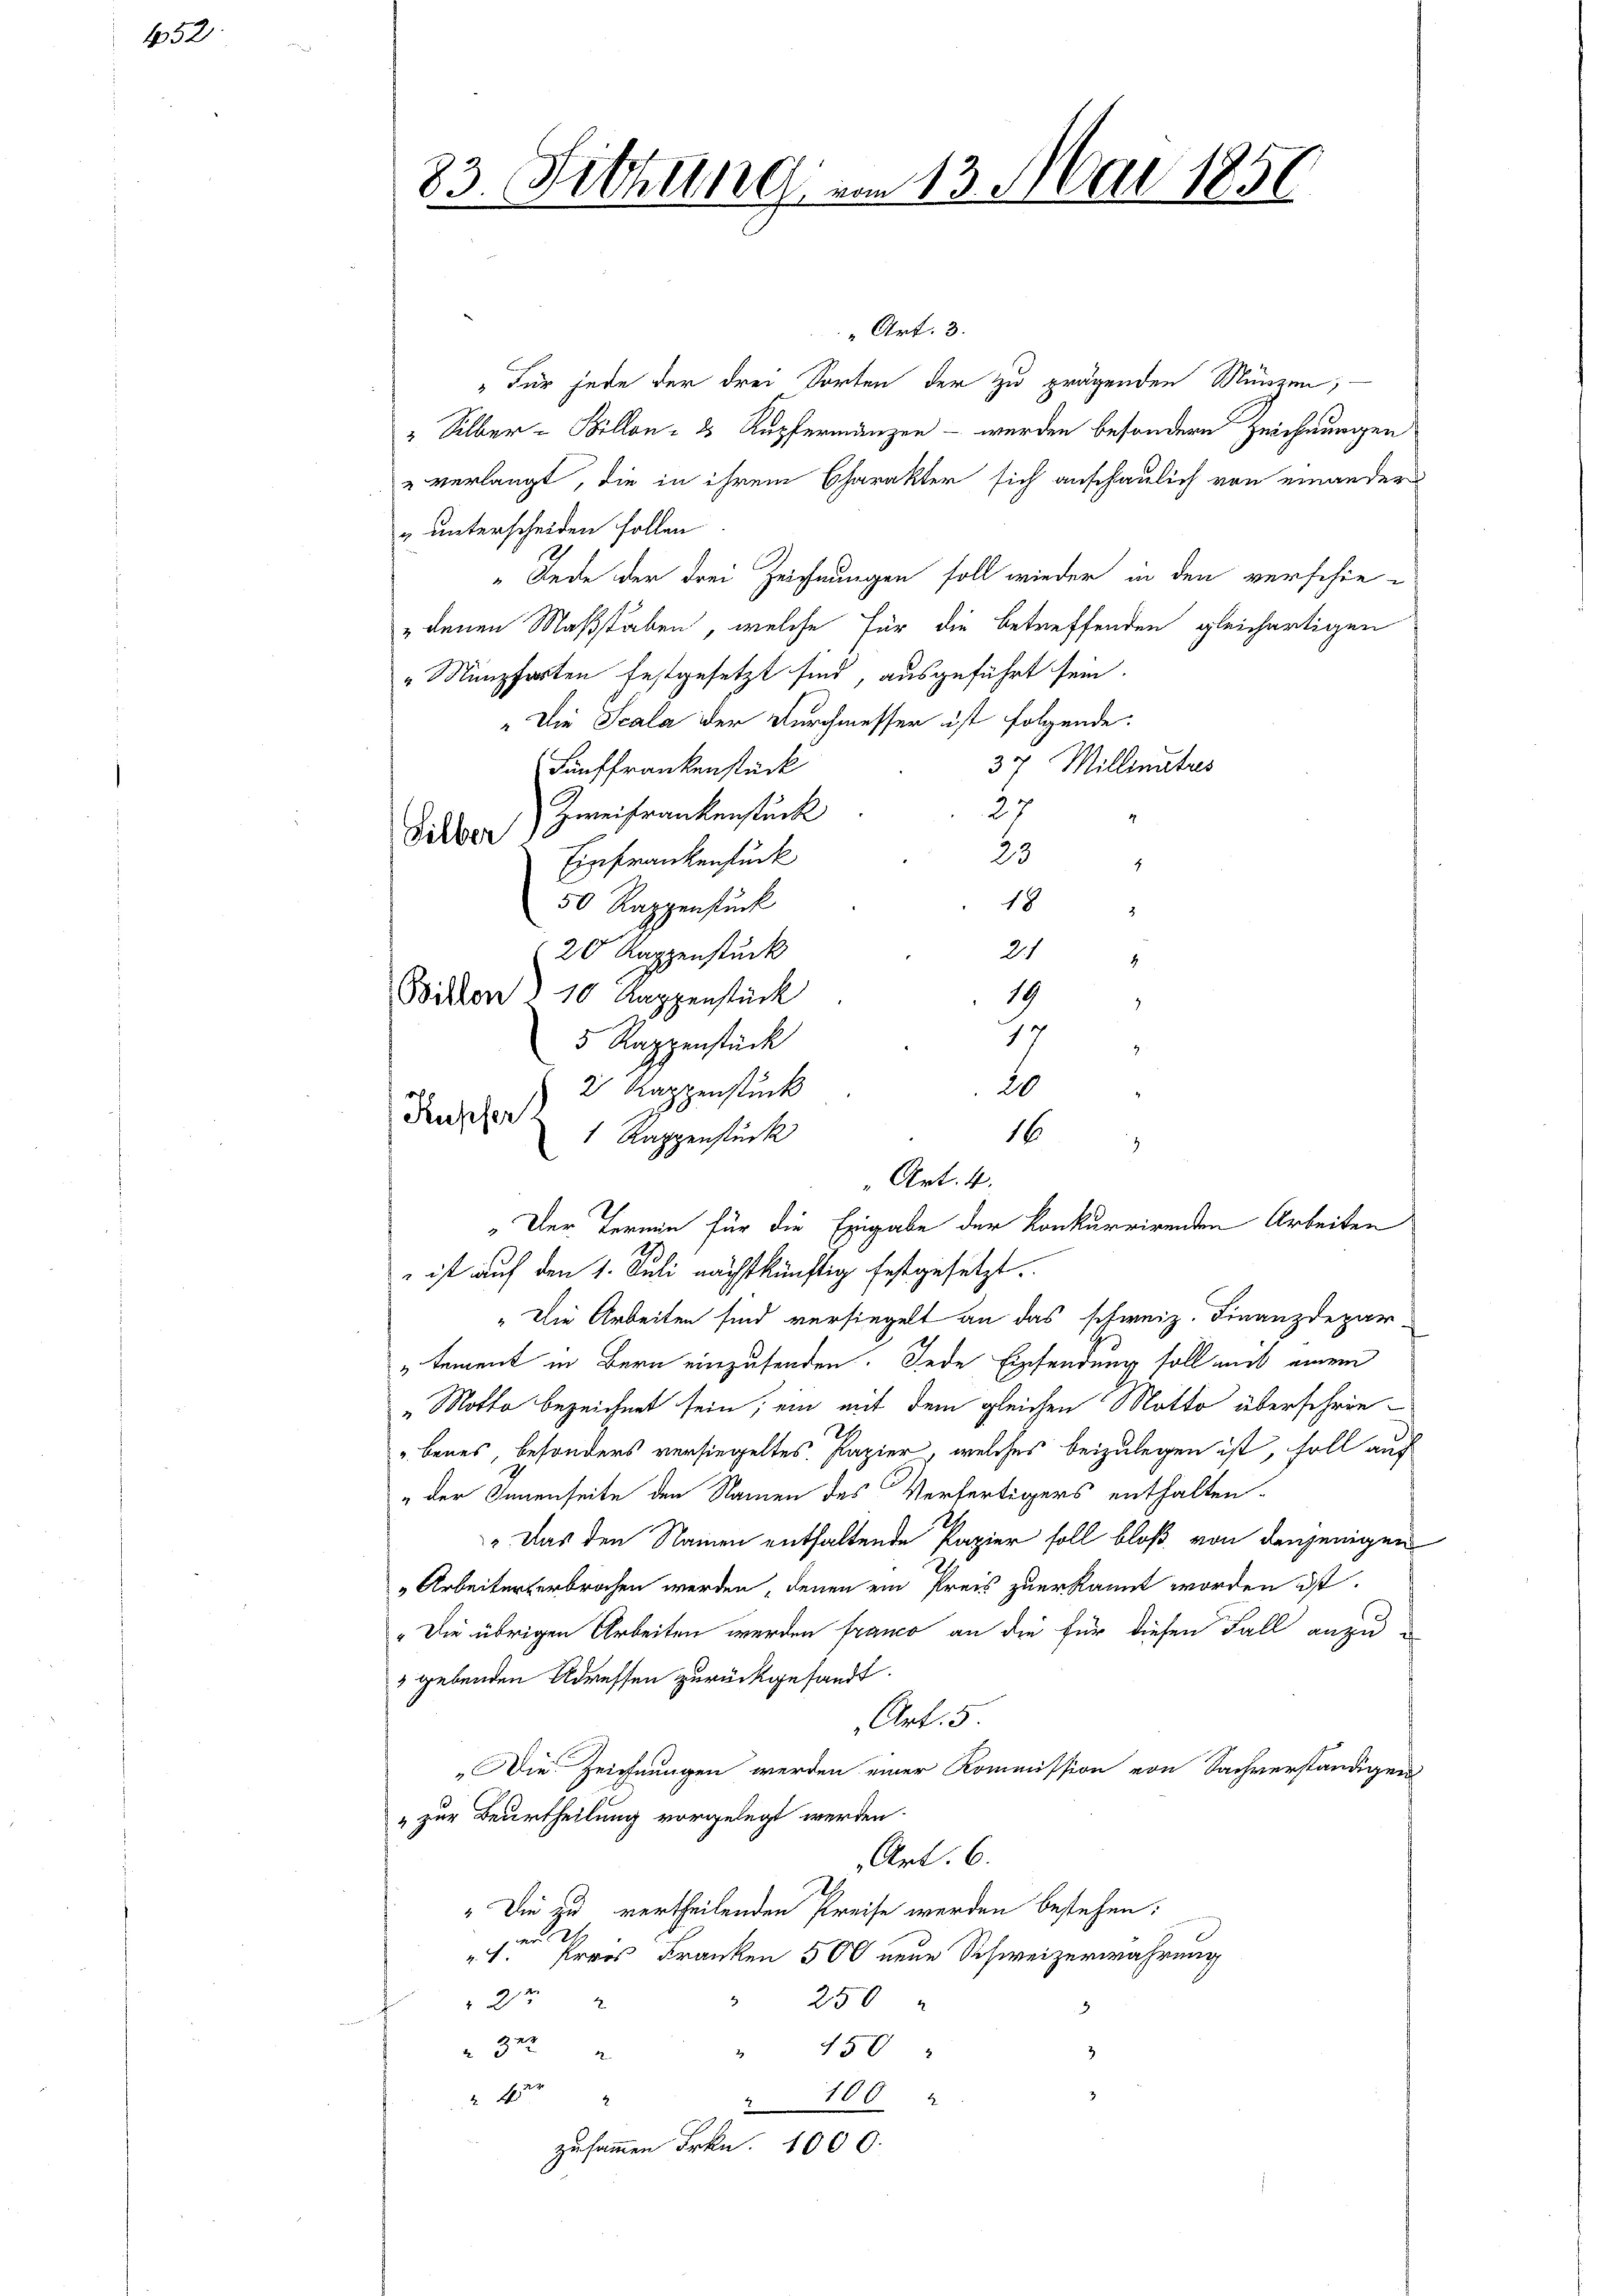
452

83. Sitzung von 13. Mai 1850

Silber

Kupfer

" Art. 3.
"Für jede der drei Sorten der zu prügenden Münzen; —
" Silber-Billon - es Kupfermanzen - werden besondern Zeichnungen
" verlangt, die in ihrem Charakter sich anschaulich von einanders
„unterscheiden sollen
„Rede der drei Zeichnungen soll wieder in den verschie-
" denen Maßstaben, welche für die betreffenden gleichartigen
"Münzforten festgesetzt sind, ausgeführt sein.
„Die Scala der Durchmesser ist folgende
37 Millmatis
Fünffrankenstück
27
Zweifrankenstück
23
Einfrankenstück
4
18
50 Rappenstück
.
21
20 Kappenstück
4
19
Bitten 10 Rappenstück
17
5 Rappenstück

20
2 Rappenstück
„Die Arbeiten sind versiegelt an das schweiz. Finanzdepar-
„tement in Bern einzusenden. Jede Einsendung soll mit einem
"Motto bezeichnet sein; ein mit dem gleichen Motto überschrie¬
„benes, besonders versiegeltes. Papier, welches beizulegen ist, soll auf
„der Innenseite den Namen des Verfertigers enthalten.
" Das den Namen enthaltende Papier soll bloß von denjenigen
Arbeiterterbrochen werden, denen ein Preis zuerkannt worden ist.
" Die übrigen Arbeiten werden franco an die für diesen Fall anzu¬
 gebenden Adressen zurückgesandt.
Art. 5
Die Zeichnungen werden einer Kommission von Sachverständigen
"zur Beurtheilung vorgelegt werden.
Art. 6.
"Die zu vertheilenden Preise werden bestehen:
n d
1. Erres Franken 500 neue Schweizerwahrung
22
 250
322
450
3
4r
8
100
zusammen Frkn. 1000.

16
1 Rappenstück
Z
Art. 4.
„Der Termin für die Eingabe der konkurrirenden Arbeiten
.
 ist auf den 1. Juli nächstkünftig festgesetzt.